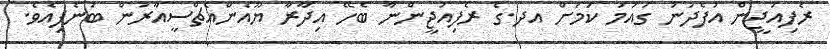
ރެފިއުޖީން އުފެދުނު ގައުމު ކަމަށް އދ.ގެ ރެފިއުޖީންނާ ބެހޭ އިދާރާ ޔޫއެންއެޗްސީއާރުން ބުނެފިއެވެ.